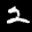
Label: 2